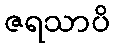
ဇရသာပိ